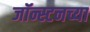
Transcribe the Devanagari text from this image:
जॉन्स्टनच्या